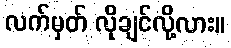
လက်မှတ် လိုချင်လို့လား။